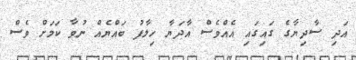
އަދި ސާދިޔާގެ ގައިގައި އެއްވެސް އާދަޔާ ހިލާފު ބައްޔެއް ނުވާ ކަމަށް ވެސް